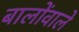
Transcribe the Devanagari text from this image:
बालोंवाले